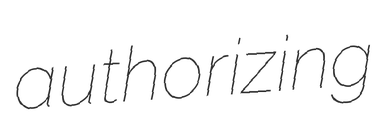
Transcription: authorizing